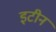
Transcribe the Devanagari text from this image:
इटीन